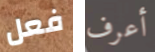
فعل أعرف